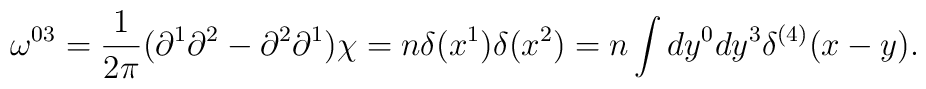
\omega^{03} = \frac{1}{2\pi}(\partial^1 \partial^2 -\partial^2 \partial^1 ) \chi = n \delta(x^1) \delta(x^2) = n \int dy^0 dy^3 \delta^{(4)}(x-y) .